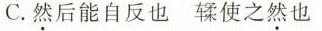
C.然后能自反也鞣使之然也